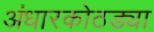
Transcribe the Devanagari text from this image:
अंधारकोठड्या